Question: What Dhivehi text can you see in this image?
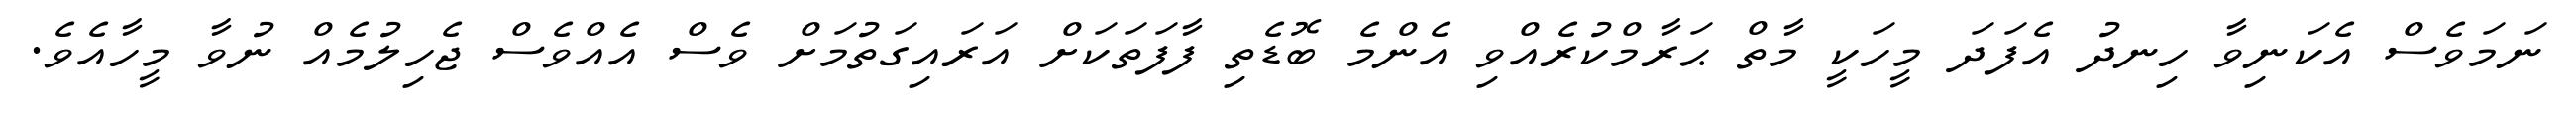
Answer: ނަމަވެސް އެކަނިވާ ހިނދު އެފަދަ މީހަކީ މާތް ޙަރާމްކުރެއްވި އެންމެ ބޮޑެތި ފާފަތަކަށް އަރައިގަތުމަށް ވެސް އެއްވެސް ޖެހިލުމެއް ނުވާ މީހާއެވެ.